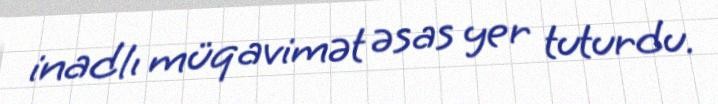
inadlı müqavimət əsas yer tuturdu.